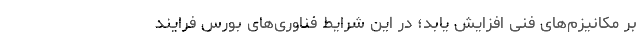
بر مکانیزم‌های فنی افزایش یابد؛ در این شرایط فناوری‌های بورس فرایند